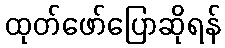
ထုတ်ဖော်ပြောဆိုရန်